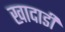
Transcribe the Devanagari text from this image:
खादाडी